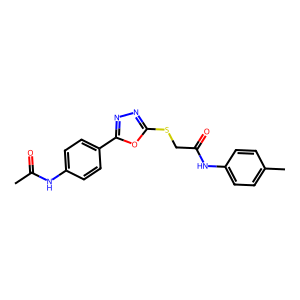
SMILES: CC(=O)Nc1ccc(-c2nnc(SCC(=O)Nc3ccc(C)cc3)o2)cc1
Inhibits HIV replication: No